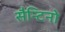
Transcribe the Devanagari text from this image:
सैन्टिनो